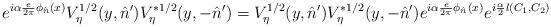
LaTeX: \begin{align*}e^{i\alpha\frac{e}{2\pi}\phi_{\hat n}(x)}V^{1/2}_{\eta}(y,\hat n')V^{*1/2}_{\eta}(y,-\hat n')=V^{1/2}_{\eta}(y,\hat n')V^{*1/2}_{\eta}(y,-\hat n')e^{i\alpha\frac{e}{2\pi}\phi_{\hat n}(x)}e^{i\frac{\alpha}{2}l(C_1,C_2)}\end{align*}